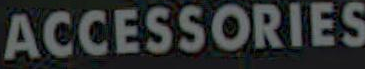
ACCESSORIES